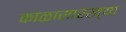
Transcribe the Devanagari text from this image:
काळासारख्या